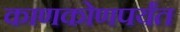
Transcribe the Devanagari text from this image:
काणकोणपर्यंत